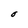
Character: O